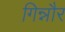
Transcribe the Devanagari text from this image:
गिन्नौर